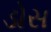
ડોસ